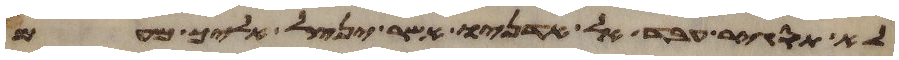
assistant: לא תסגיר עבד אל אדניו אשר ינצל אליך מעם